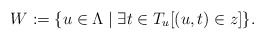
\begin{align*} W := \{u \in \Lambda \mid \exists t \in T_u [(u,t) \in z]\}. \end{align*}